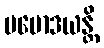
ပမောဒယန္တိ